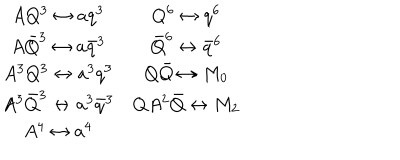
\begin{array} { c c } { { A Q ^ { 3 } \leftrightarrow a q ^ { 3 } } } & { { Q ^ { 6 } \leftrightarrow q ^ { 6 } } } \\ { { A \bar { Q } ^ { 3 } \leftrightarrow a \bar { q } ^ { 3 } } } & { { \bar { Q } ^ { 6 } \leftrightarrow \bar { q } ^ { 6 } } } \\ { { A ^ { 3 } Q ^ { 3 } \leftrightarrow a ^ { 3 } q ^ { 3 } } } & { { Q \bar { Q } \leftrightarrow M _ { 0 } } } \\ { { A ^ { 3 } \bar { Q } ^ { 3 } \leftrightarrow a ^ { 3 } \bar { q } ^ { 3 } } } & { { Q A ^ { 2 } \bar { Q } \leftrightarrow M _ { 2 } } } \\ { { A ^ { 4 } \leftrightarrow a ^ { 4 } } } & { { } } \\ \end{array}